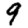
Digit: 9